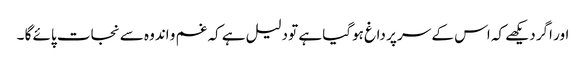
اور اگر دیکھے کہ اس کے سر پر داغ ہوگیا ہے تو دلیل ہے کہ غم و اندوہ سے نجات پائے گا ۔